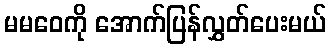
မမဝေကို အောက်ပြန်လွှတ်ပေးမယ်